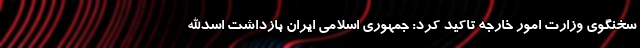
سخنگوی وزارت امور خارجه تاکید کرد: جمهوری اسلامی ایران بازداشت اسدالله